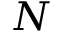
N